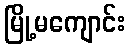
မြို့မကျောင်း